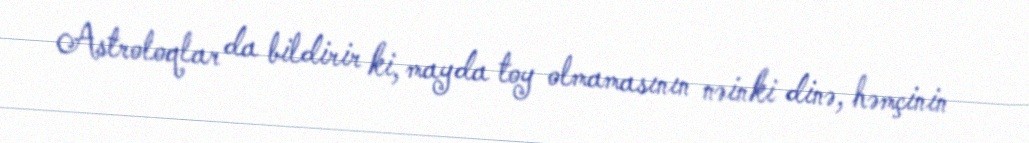
Astroloqlar da bildirir ki, mayda toy olmamasının nəinki dinə, həmçinin